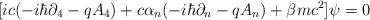
LaTeX: \begin{align*}\lbrack ic(-i\hbar \partial _4-qA_4)+c\alpha _n(-i\hbar \partial_n-qA_n)+\beta mc^2]\psi =0 \end{align*}